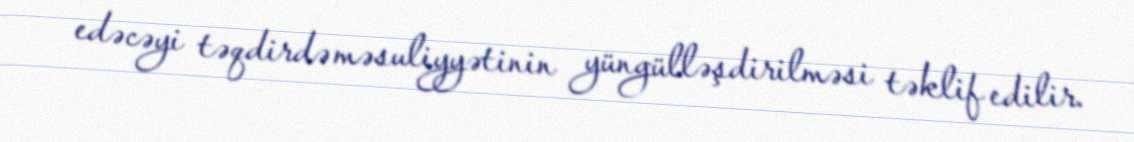
edəcəyi təqdirdə məsuliyyətinin yüngülləşdirilməsi təklif edilir.